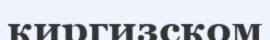
киргизском